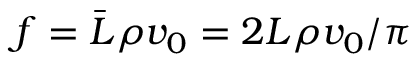
f = \bar { L } \rho v _ { 0 } = 2 L \rho v _ { 0 } / \pi